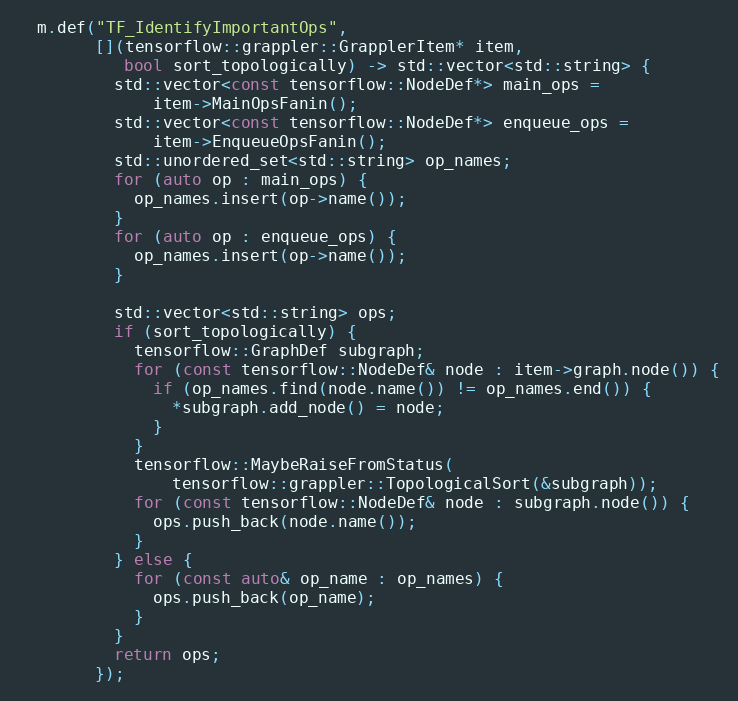
Language: C++
  m.def("TF_IdentifyImportantOps",
        [](tensorflow::grappler::GrapplerItem* item,
           bool sort_topologically) -> std::vector<std::string> {
          std::vector<const tensorflow::NodeDef*> main_ops =
              item->MainOpsFanin();
          std::vector<const tensorflow::NodeDef*> enqueue_ops =
              item->EnqueueOpsFanin();
          std::unordered_set<std::string> op_names;
          for (auto op : main_ops) {
            op_names.insert(op->name());
          }
          for (auto op : enqueue_ops) {
            op_names.insert(op->name());
          }

          std::vector<std::string> ops;
          if (sort_topologically) {
            tensorflow::GraphDef subgraph;
            for (const tensorflow::NodeDef& node : item->graph.node()) {
              if (op_names.find(node.name()) != op_names.end()) {
                *subgraph.add_node() = node;
              }
            }
            tensorflow::MaybeRaiseFromStatus(
                tensorflow::grappler::TopologicalSort(&subgraph));
            for (const tensorflow::NodeDef& node : subgraph.node()) {
              ops.push_back(node.name());
            }
          } else {
            for (const auto& op_name : op_names) {
              ops.push_back(op_name);
            }
          }
          return ops;
        });